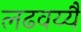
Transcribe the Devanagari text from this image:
लढवय्यै